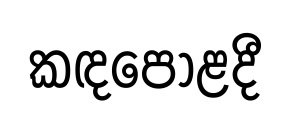
කඳපොළදී